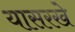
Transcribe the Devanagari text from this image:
यासरखे